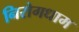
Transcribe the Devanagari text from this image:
निरोगधाम